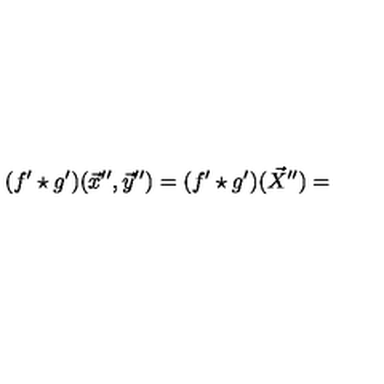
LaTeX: ( f ^ { \prime } \star g ^ { \prime } ) ( \vec { x } ^ { \prime \prime } , \vec { y } ^ { \prime \prime } ) = ( f ^ { \prime } \star g ^ { \prime } ) ( \vec { X } ^ { \prime \prime } ) =